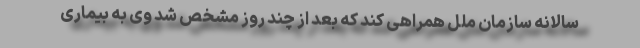
سالانه‌ سازمان ملل همراهی کند که بعد از چند روز مشخص شد وی به بیماری